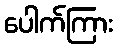
ပေါက်ကြား